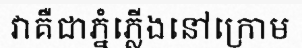
វាគឺជាភ្នំភ្លើងនៅក្រោម